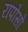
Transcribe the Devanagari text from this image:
रापोसो